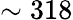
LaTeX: \sim 318